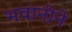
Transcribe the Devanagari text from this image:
भवानीने